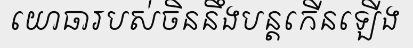
យោធារបស់ចិននឹងបន្តកើនឡើង